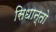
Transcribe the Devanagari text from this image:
सिधान्तो